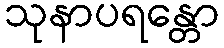
သုနာပရန္တော